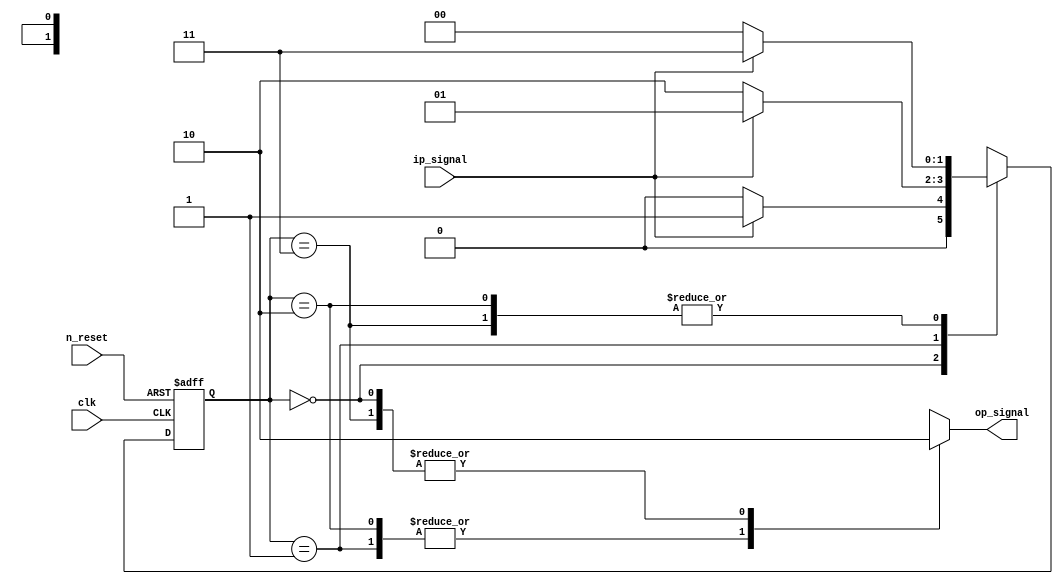
`timescale 1ns / 1ps
//////////////////////////////////////////////////////////////////////////////////
// Company: 
// 
// Design Name: output state toggle
// Module Name: op_state_t
// Project Name: 
// Target Devices: 
// Tool Versions: 
// Description: this generic design can be used as a switch that toggles the state of the output
// 
// Dependencies: 
// 
// Revision:
// Revision 0.01 - File Created
/* Application:
        a lamp that is connected to a pushbutton. If the pushbutton is pressed once,
        the lamp will turn off if it is on, or it will turn on if it is off.
*/
//Additional Comments:
/*
there are 4 states, off_0, on_1, on_0, off_1, which designates the state of the lamp and the current input (the button)
for example: off_0 the lamp is off and the button is not pressed (0), on_1 the lamp is on and the button is pressed, and so on..
*/
// 
//////////////////////////////////////////////////////////////////////////////////


module op_state_t(
        input ip_signal, clk, n_reset,
        output reg op_signal
    );

    localparam state_reg_width = 2;
    localparam [state_reg_width-1: 0]   off_0   = 2'b00,
                                        on_1    = 2'b01,
                                        on_0    = 2'b10,
                                        off_1   = 2'b11;

reg [state_reg_width-1: 0] current_state, next_state;

// state register
always @(posedge clk or negedge n_reset) begin
    if (!n_reset)
        current_state <= off_0;
    else 
        current_state <= next_state;
end

// next state logic and output logic
always @(*) begin
    // default values
    // op_signal = 0;
    case (current_state)
        off_0: begin
            if(ip_signal) next_state = on_1;
            else next_state = off_0;

            op_signal = 0;
        end        
        on_1: begin
            if(ip_signal) next_state = on_1;
            else next_state = on_0;

            op_signal = 1;
        end        
        on_0: begin
            if(ip_signal) next_state = off_1;
            else next_state = off_0;

            op_signal = 1;
        end        
        off_1: begin
            if(ip_signal) next_state = off_1;
            else next_state = off_0;

            op_signal = 0;
        end 
    endcase
end

endmodule